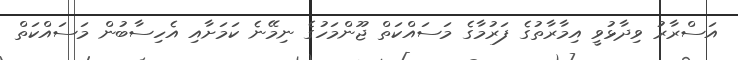
އަސްރާރު ވިދާޅުވީ އިމާރާތުގެ ފަރުމާގެ މަސައްކަތް ޖޫންމަހުގެ ނިމޭނެ ކަމަށާއި އެހިސާބުން މަސައްކަތް